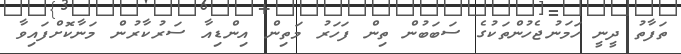
ތަފާތު ދީނީ ހަމަނުޖެހުންތަކުގެ ސަބަބުން ތިން ފަހަރު މަތިން އިންޑިއާ ސަރުކާރުން މަނާކޮށްފައިވާ